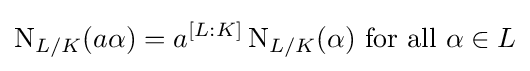
\operatorname {N} _{L/K}(a\alpha )=a^{[L:K]}\operatorname {N} _{L/K}(\alpha ){\text{ for all }}\alpha \in L